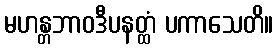
မဟန္တဘာဝဒီပနတ္ထံ ပကာသေတိ။